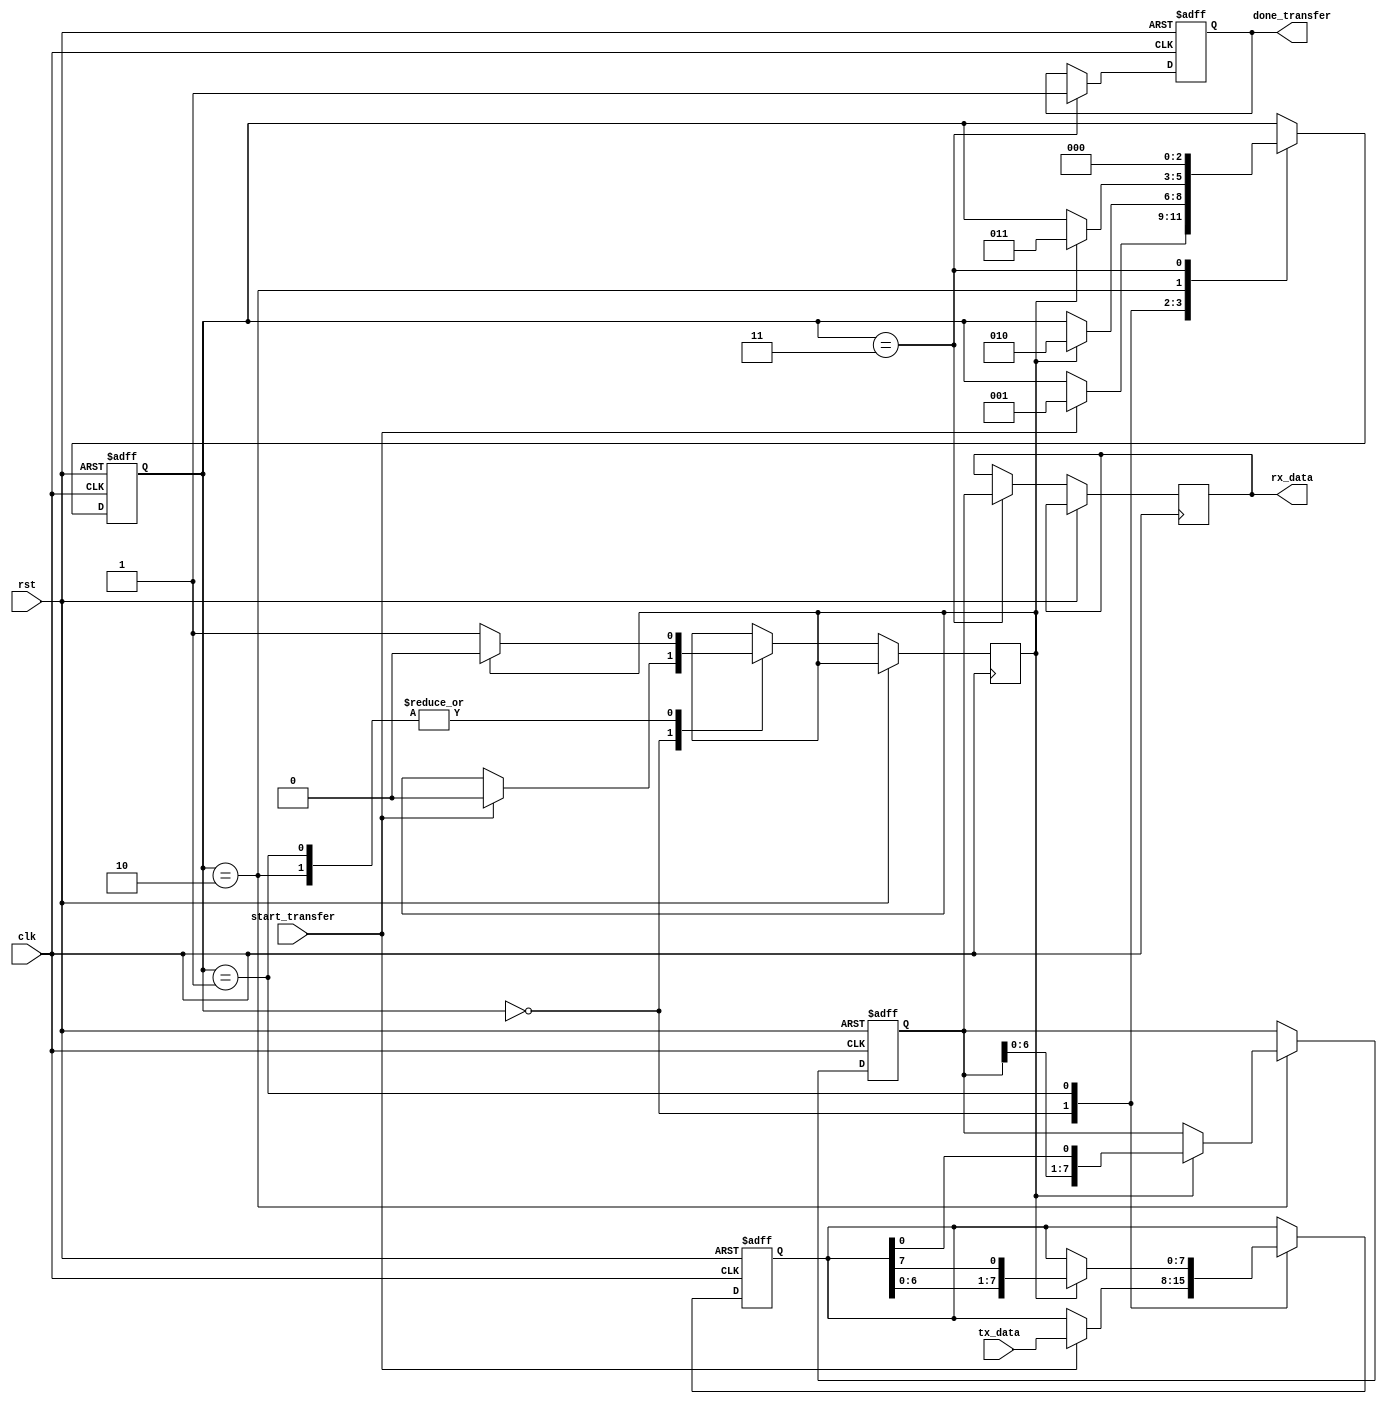
module spi_master (
    input wire clk,
    input wire rst,
    input wire [7:0] tx_data,
    input wire start_transfer,
    output reg done_transfer,
    output reg [7:0] rx_data
);

reg [2:0] state;
reg [7:0] shift_reg;
reg [7:0] rx_data_reg;
reg sck;

parameter idle = 3'b000;
parameter shift_out = 3'b001;
parameter shift_in = 3'b010;
parameter done = 3'b011;

always @ (posedge clk or posedge rst) begin
    if (rst) begin
        state <= idle;
        shift_reg <= 8'b0;
        rx_data_reg <= 8'b0;
        done_transfer <= 1'b0;
    end else begin
        case (state)
            idle: begin
                if (start_transfer) begin
                    state <= shift_out;
                    shift_reg <= tx_data;
                    sck <= 1'b0;
                end
            end
            shift_out: begin
                if (sck) begin
                    shift_reg <= {shift_reg[6:0], shift_reg[7]};
                end
                if (sck) begin
                    sck <= 1'b0;
                    state <= shift_in;
                end else begin
                    sck <= 1'b1;
                end
            end
            shift_in: begin
                if (sck) begin
                    rx_data_reg <= {rx_data_reg[6:0], shift_reg[0]};
                end
                if (sck) begin
                    sck <= 1'b0;
                    state <= done;
                end else begin
                    sck <= 1'b1;
                end
            end
            done: begin
                rx_data <= rx_data_reg;
                done_transfer <= 1'b1;
                state <= idle;
            end
        endcase
    end
end

endmodule